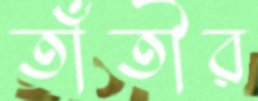
তাঁতীর